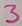
Text: 3